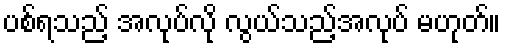
ပစ်ရသည့် အလုပ်လို လွယ်သည့်အလုပ် မဟုတ်။